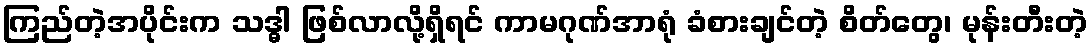
ကြည်တဲ့အပိုင်းက သဒ္ဓါ ဖြစ်လာလို့ရှိရင် ကာမဂုဏ်အာရုံ ခံစားချင်တဲ့ စိတ်တွေ၊ မုန်းတီးတဲ့